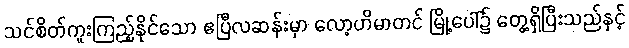
သင်စိတ်ကူးကြည့်နိုင်သော ဧပြီလဆန်းမှာ လော့ဟိမာတင် မြို့ပေါ်၌ တွေ့ရှိပြီးသည်နှင့်